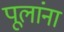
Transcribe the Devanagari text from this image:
पूलांना